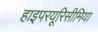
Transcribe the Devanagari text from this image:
हाइपरयूरिसीमिया